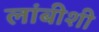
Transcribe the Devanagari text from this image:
लांबीशी